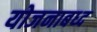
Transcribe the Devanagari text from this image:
योजनाबध्द